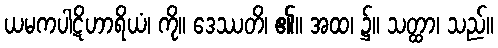
ယမကပါဋိဟာရိယံ၊ ကို။ ဒေဿတိ၊ ၏။ အထ၊ ၌။ သတ္ထာ၊ သည်။